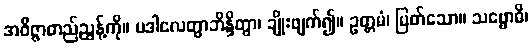
အဝိဇ္ဇာတည်ညွှန့်ကို။ ပဒါလေတွာဘိန္ဒိတွာ၊ ချိုးဖျက်၍။ ဥတ္တမံ၊ မြတ်သော။ သဗ္ဗောဓိ၊